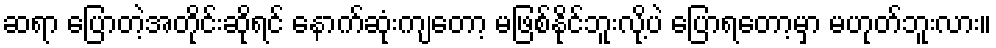
ဆရာ ပြောတဲ့အတိုင်းဆိုရင် နောက်ဆုံးကျတော့ မဖြစ်နိုင်ဘူးလို့ပဲ ပြောရတော့မှာ မဟုတ်ဘူးလား။